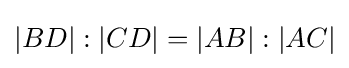
|BD|:|CD|=|AB|:|AC|